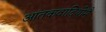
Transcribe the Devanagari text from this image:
आंतकवादियोंमैं